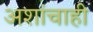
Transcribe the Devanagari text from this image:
अशांचाही